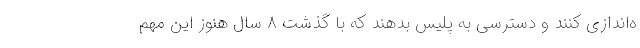
ه‌اندازی کنند و دسترسی به پلیس بدهند که با گذشت ۸ سال هنوز این مهم